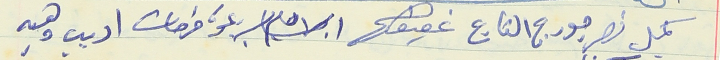
كميل نصر جورج القارح عفيف ابراهيم ريمون فرحات اديب وهبه